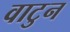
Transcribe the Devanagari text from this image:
वाटुन